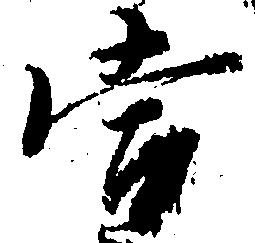
当